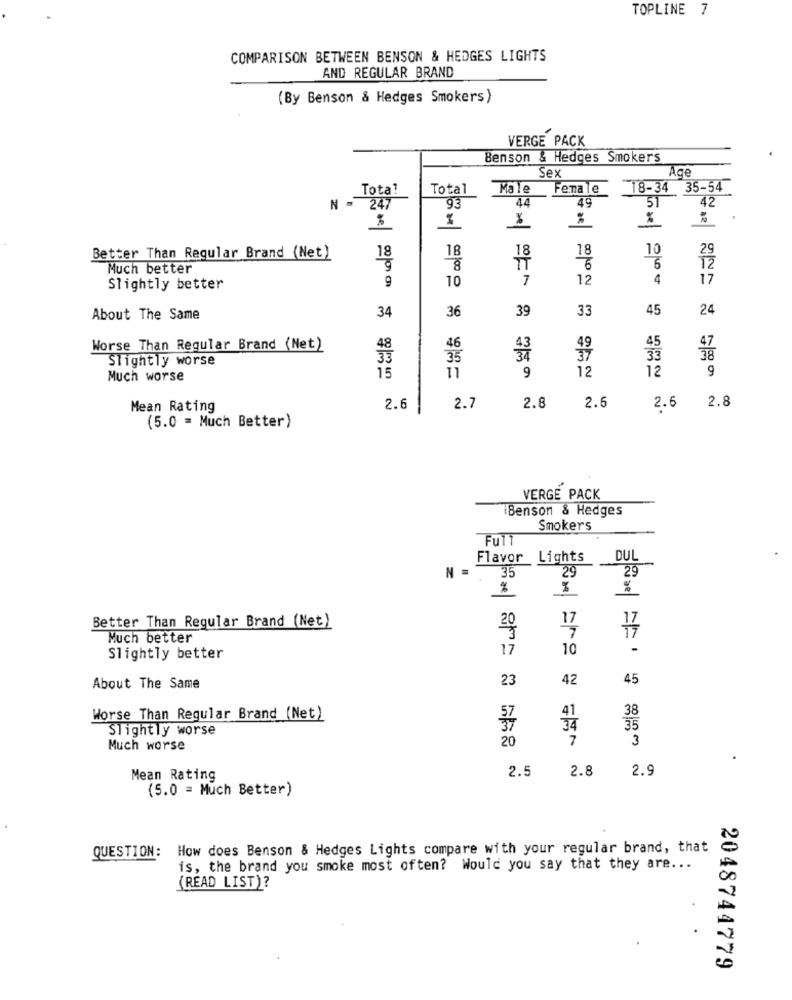
TOPLINE 7
COMPARISON BETWEEN BENSON & HEDGES LIGHTS
AND REGULAR BRAND
(By Benson & Hedges Smokers)
VERGE PACK
Benson & Hedges Smokers
Sex
Age
Total
Total
Male Female 18-34 35-54
44
49
51
42
247
93
%
%
%
.
18
18
18
18
10
29
Better Than Regular Brand (Net)
Much better
8
TT
6
12
9
10
7
12
4
17
Slightly better
34
36
39
33
45
24
About The Same
Worse Than Regular Brand (Net)
48
46
45
Slightly worse
33
35
33
11
12
12
9
Much worse
15
9
2.6
Mean Rating
2.6
2.7
2.8
2.6 2.8
(5.0 = Much Better)
VERGE PACK
Benson & Hedges
Smokers
Full
Flavor Lights
DUL
N =
29
35
29
%
Better Than Regular Brand (Net)
Much better
17
10
-
Slightly better
23
42
45
About The Same
Worse Than Regular Brand (Net)
38
Slightly worse
34
35
20
7
3
Much worse
2.5
2.9
Mean Rating
2.8
(5.0 = Much Better)
QUESTION: How does Benson & Hedges Lights compare with your regular brand, that
is, the brand you smoke most often? Would you say that they are ...
(READ LIST)?
2048744779